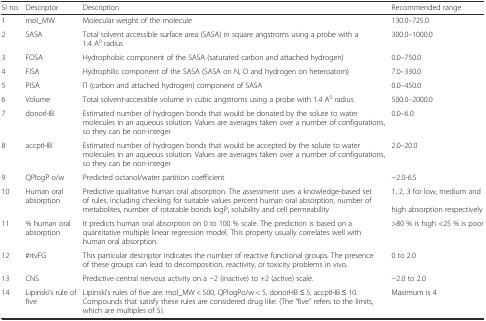
<table><thead><tr><td><b>Sl no.</b></td><td><b>Descriptor</b></td><td><b>Description</b></td><td><b>Recommended range</b></td></tr></thead><tbody><tr><td>1</td><td>mol_MW</td><td>Molecular weight of the molecule</td><td>130.0–725.0</td></tr><tr><td>2</td><td>SASA</td><td>Total solvent accessible surface area (SASA) in square angstroms using a probe with a 1.4 A<sup>0</sup> radius</td><td>300.0–1000.0</td></tr><tr><td>3</td><td>FOSA</td><td>Hydrophobic component of the SASA (saturated carbon and attached hydrogen)</td><td>0.0–750.0</td></tr><tr><td>4</td><td>FISA</td><td>Hydrophilic component of the SASA (SASA on N, O and hydrogen on heteroatom)</td><td>7.0–330.0</td></tr><tr><td>5</td><td>PISA</td><td>Π (carbon and attached hydrogen) component of SASA</td><td>0.0–450.0</td></tr><tr><td>6</td><td>Volume</td><td>Total solvent-accessible volume in cubic angstroms using a probe with 1.4 A<sup>0</sup> radius</td><td>500.0–2000.0</td></tr><tr><td>7</td><td>donorHB</td><td>Estimated number of hydrogen bonds that would be donated by the solute to water molecules in an aqueous solution. Values are averages taken over a number of configurations, so they can be non-integer</td><td>0.0–6.0</td></tr><tr><td>8</td><td>accptHB</td><td>Estimated number of hydrogen bonds that would be accepted by the solute to water molecules in an aqueous solution. Values are averages taken over a number of configurations, so they can be non-integer</td><td>2.0–20.0</td></tr><tr><td>9</td><td>QPlogP o/w</td><td>Predicted octanol/water partition coefficient</td><td>−2.0-6.5</td></tr><tr><td>10</td><td>Human oral absorption</td><td>Predictive qualitative human oral absorption. The assessment uses a knowledge-based set of rules, including checking for suitable values percent human oral absorption, number of metabolites, number of rotatable bonds logP, solubility and cell permeability</td><td>1, 2, 3 for low, medium and high absorption respectively</td></tr><tr><td>11</td><td>% human oral absorption</td><td>It predicts human oral absorption on 0 to 100 % scale. The prediction is based on a quantitative multiple linear regression model. This property usually correlates well with human oral absorption.</td><td>&gt;80 % is high &lt;25 % is poor</td></tr><tr><td>12</td><td>#rtvFG</td><td>This particular descriptor indicates the number of reactive functional groups. The presence of these groups can lead to decomposition, reactivity, or toxicity problems in vivo.</td><td>0 to 2.0</td></tr><tr><td>13</td><td>CNS</td><td>Predictive central nervous activity on a −2 (inactive) to +2 (active) scale.</td><td>−2.0 to 2.0</td></tr><tr><td>14</td><td>Lipinski’s rule of five</td><td>Lipinski’s rules of five are: mol_MW &lt; 500, QPlogPo/w &lt; 5, donorHB ≤ 5, accptHB ≤ 10. Compounds that satisfy these rules are considered drug like. (The “five” refers to the limits, which are multiples of 5).</td><td>Maximum is 4</td></tr></tbody></table>